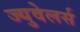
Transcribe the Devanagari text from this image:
ज्युवेलर्स